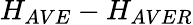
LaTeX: H_{AVE}-H_{AVER}